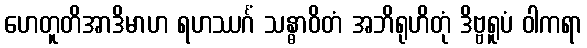
ဟေတူတိအာဒိမာဟ ရဟဿင်္ဂံ သန္ဓာဝိတံ အဘိရုဟိတုံ ဒိဗ္ဗရူပံ ဝါကရာ